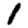
Digit: 1